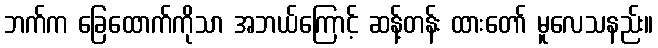
ဘက်က ခြေထောက်ကိုသာ အဘယ်ကြောင့် ဆန့်တန်း ထားတော် မူလေသနည်း။